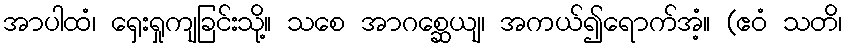
အာပါထံ၊ ရှေးရှုကျခြင်းသို့။ သစေ အာဂစ္ဆေယျ၊ အကယ်၍ရောက်အံ့။ (ဧဝံ သတိ၊